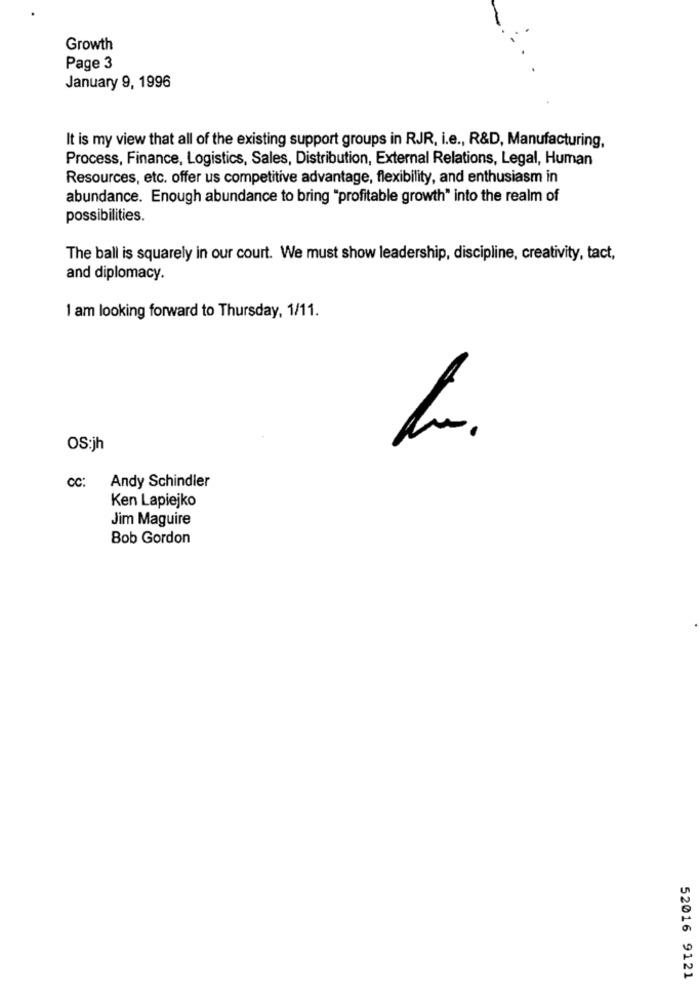
Growth
Page 3
January 9, 1996
It is my view that all of the existing support groups in RJR, i.e ., R&D, Manufacturing,
Process, Finance, Logistics, Sales, Distribution, External Relations, Legal, Human
Resources, etc. offer us competitive advantage, flexibility, and enthusiasm in
abundance. Enough abundance to bring "profitable growth" into the realm of
possibilities.
The ball is squarely in our court. We must show leadership, discipline, creativity, tact,
and diplomacy.
I am looking forward to Thursday, 1/11.
OS:jh
CC: Andy Schindler
Ken Lapiejko
Jim Maguire
Bob Gordon
52016 9121